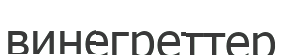
винегреттер